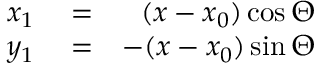
\begin{array} { r l r } { x _ { 1 } } & { { } = } & { ( x - x _ { 0 } ) \cos \Theta } \\ { y _ { 1 } } & { { } = } & { - ( x - x _ { 0 } ) \sin \Theta } \end{array}